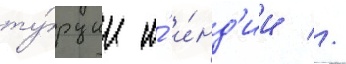
ту́рции и́ и́нд'ии //